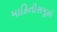
માહિતીસમૂહો